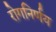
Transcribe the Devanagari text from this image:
रोगनिर्णय